Cholera in southern India
Disease focus: Cholera
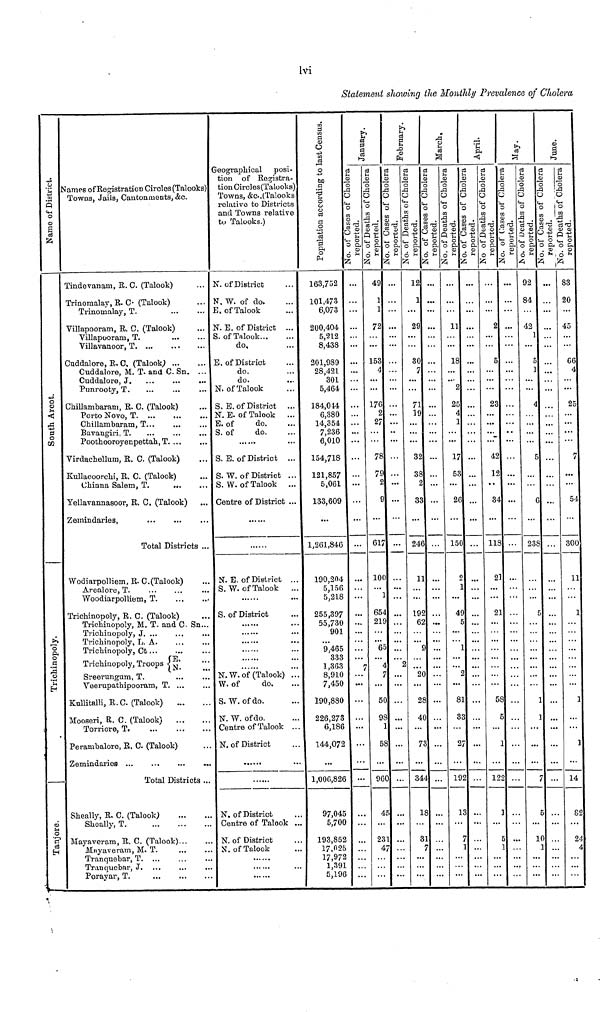
Ivi
Statement showing the Monthly Prevalence of Cholera
.S3
Name of District
south Arcot
Trichinopoly
Tanjore
Names of Registration Circles (Talooks)
Towns, Jails, Cantonments, &c.
Tindovanam, R. C. (Talook)
Trinomalay, R. C- (Talook)
Trinomalay, T.
Villapooram, R. C. (Talook)
Villapooram, T.
Villavanoor, T. ...
...
Cuddalore, R. C, (Talook;
Cuddalore, M. T. and C. Sn. ...
Cuddalore, J.
Punrooty, T.
Cliillambaram, R. C. (Talook)
Porto Novo, T
Chillambaram, T...
Bavangiri, T.
Poothooroyenpettah, T. ...
Virdachellum, R. C. (Talook)
Kullacoorchi, R. C. (Talook)
(Jhinna Salem, T.
...
Yellavannasoor, R. C. (Talook)
Zemindaries,
Total Districts ...
WodiarpolHem, R. C.(Talook)
Arealore, T.
Woodiarpolliem, T.
Trichinopoly, R. C. (Talook)
Trichinopoly, M. T. and C- Sn...
Trichinopoly, J. ...
Trichinopoly, L. A.
Trichinopoly, Ct
Trichinopoly, Troops
Sreerungum, T.
Veerupathipooram, T. ...
Kullitalli, R. C. (Talook)
Mooseri, Et. C. (Talook)
Torriore, T.
Perambalore, R. C. (Talook)
Zemindaries ...
...
...
..
Total Districts ...
Sheally, R. C. (Talook)
Sh'cally, T.
Mayaveram, R. C. (Talook)...
Mnyaveram, M. T.
Tranquebar, T. ...
Tranquebar, J, ...
...
,.
Porayar, T.
Geographical posi-
tion of Registra-
tion Circles(Talooks)
Towns, &c,(Talooks
relativo to Districts
and Towns relative
to Talooks.)
N. of District
N. W. of do.
E. of Talook
N. E. of District ...
S. of Talook
do.
E. of District
do.
do.
N. of Talook
S. E. of District ...
N. E. of Talook
...
E. of
do.
S. of
do.
S. E. of District ...
S. W. of District ...
S.W. of Talook ...
Centre of District ...
N. E. of District ...
S. W. of Talook
...
S. of District
N. W. of (Talook) ..
W. of
do.
S.W. of do.
N. W. of do.
Centre of Talook ..
N. of District
N. of District
Centre of Talook .
N. of District
N. of Talook
163,752
101,473
6,0/3
200,404
5,212
8,438
201,989
28,421
301
5,464
184,014
6,380
14,354
7,236
6,010
154,718
121,857
5,061
133,609
1,261,846
190,204
5,156
5,218
255,397
55,730
901
9,465
333
1,363
8,910
7,450
190,880
226,273
6,186
144,072
1,006,826
97,045
5,700
193,852
17,025
17,972
1,39:
5,196
....
...
...
...
...
...
...
...
...
49 ...
1 ...
1 ...
72 ...
153 ...
4 ...
176 ...
2 ...
27 ...
78 ...
79 ...
9
617 ...
100 ...
654 ...
219 ...
65 ...
7 ...
50 ...
98 ...
58
960 ..
231 ..
47 ..
12
1
29
30
7
71
19
...
32
38
33
246
11
192
62
20
28
40
73
344
¿
"
...
...
...
...
:;•
11 ...
18 ...
2 ...
25 ...
4
] ...
17 ...
53 ...
26 ...
150 ...
2 ...
49 ...
81 ...
QO
192 ...
2
5
23
42
12,
34
118
21
21
12
...
...
.,
92
84
42
1
5
1
4
t
238
...
10
...
...
83
20
45
66
4
25
7
54
300
11
1
1
1
14
82
24
4